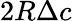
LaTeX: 2R\Delta c